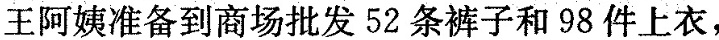
王阿姨准备到商场批发52条裤子和98件上衣，